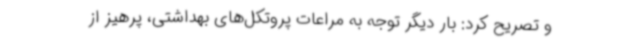
و تصریح کرد: بار دیگر توجه به مراعات پروتکل‌های بهداشتی، پرهیز از